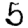
Digit: 5